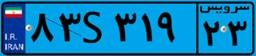
۸۳S۳۱۹۲۳